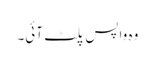
وہ واپس پلٹ آئی۔